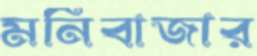
মনিবাজার